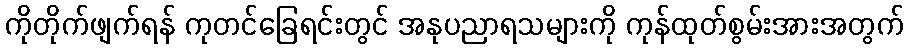
ကိုတိုက်ဖျက်ရန် ကုတင်ခြေရင်းတွင် အနုပညာရသများကို ကုန်ထုတ်စွမ်းအားအတွက်